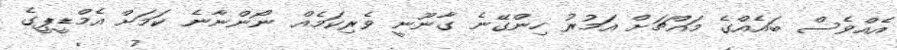
އެއްވެސް ބައެއްގެ މައްޗަށް އަމުރު ހިންގޭނެ ގާނޫނީ ވެރިކަމެއް ނޯންނާނެ ކަމަށް އެމްޑީޕީގެ